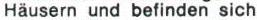
Häusern und befinden sich